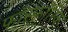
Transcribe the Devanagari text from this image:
फॉस्फॉरिक